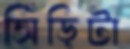
সিঁড়িটা